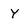
Character: Y